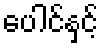
ပေါင်နှင့်